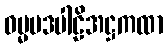
ဓမ္မပဒပါဠိအဋ္ဌကထာ